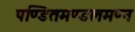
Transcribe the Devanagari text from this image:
पण्डितमण्डलमण्न